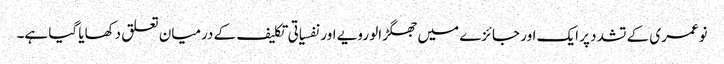
نوعمری کے تشدد پر ایک اور جائزے میں جھگڑالو رویے اور نفسیاتی تکلیف کے درمیان تعلق دکھایا گیا ہے۔